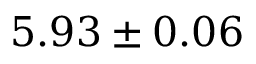
5 . 9 3 \pm 0 . 0 6